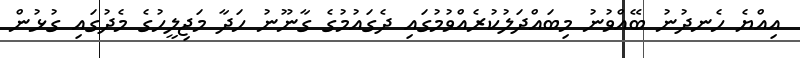
އިއްޔެ ހެނދުނު ބޭއްވުނު މިބައްދަލުކުރެއްވުމުގައި ދެގައުމުގެ ގާނޫނު ހަދާ މަޖިލީހުގެ މެދުގައި ގުޅުން